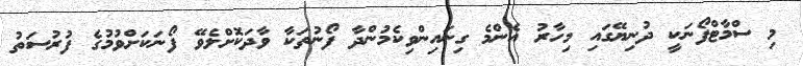
މި ސްމާޓްފޯނަކީ ދުނިޔޭގައި މިހާރު އެންމެ ގިނައިންވިކެމުންދާ ފޯނުތަކާ ވާދަކޮށްލެވޭ ފޯނަކަށްވުމުގެ ފުރުސަތު